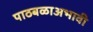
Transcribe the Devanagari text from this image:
पाठबळाअभावी